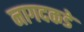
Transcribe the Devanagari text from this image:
नागदकडे